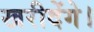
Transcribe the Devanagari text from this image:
खरीदेंगे।